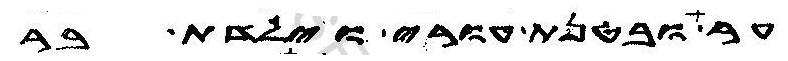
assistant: ער ובטנת עורי וילדת בר